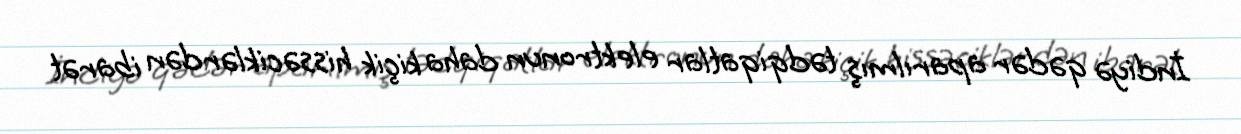
İndiyə qədər aparılmış tədqiqatlar elektronun daha kiçik hissəciklərdən ibarət